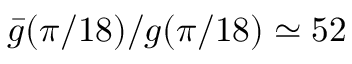
\bar { g } ( \pi / 1 8 ) / g ( \pi / 1 8 ) \simeq 5 2 \